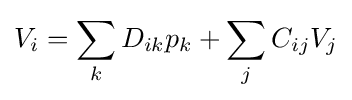
V_{i}=\sum _{k}D_{ik}p_{k}+\sum _{j}C_{ij}V_{j}